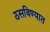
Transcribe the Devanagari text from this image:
ठसविण्यात